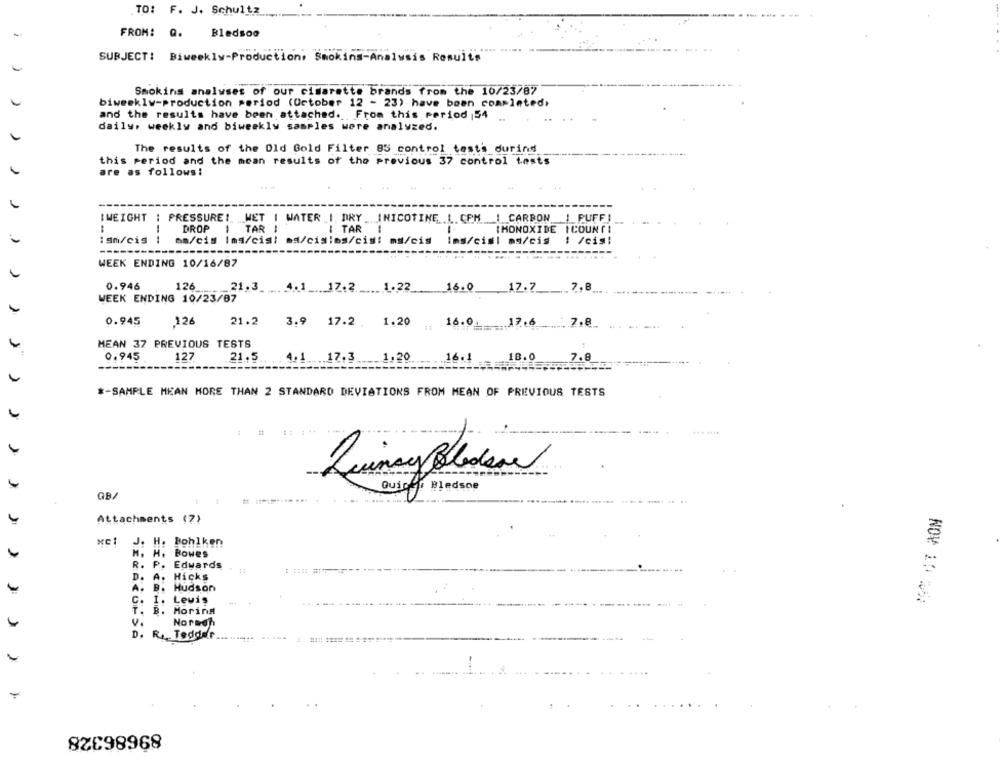
TO: F. J. Schultz
FROM: Q.
Bledsoe
SUBJECT:
Biweekly-Production, Smoking-Analysis Results
Smoking analyses of our cigarette brands from the 10/23/87
biweekly-production period (October 12 - 23) have been comminted.
and the results have been attached. From this period 54
daily, weekly and biweekly samples were analyzed.
The results of the Old Gold Filter 85 control tests during
this period and the mean results of the previous 37 control tests
are as follows:
I WEIGHT
WATER _I. DRY _. INICOTINE .L. CPM | CARBON I PUFFI
DROP
1
TAR !
I TAR 1
IMONOXIDE ICOUNT!
:Sn/cis
---
mm/cis Ims/cisi ad/cislos/cis! ma/cis
ims/cisl as/cis
: leis!
-----
----
WEEK ENDING 10/16/87
0.946
126
21.3_ . 4.1 .. 17.2. ... 1.22_
16.0
_12.7
WEEK ENDING 10/23/87
0.945
126
21.2
16.0. 17.6 7.8
3.9 17.2. 1.20
MEAN 37 PREVIOUS TESTS
0.945
127
21.5
4.1 .17.3 1.20
16.1
18.0
7.8
*- SAMPLE MEAN MORE THAN 2 STANDARD DEVIATIONS FROM MEAN OF PREVIOUS TESTS
1
Bledsoe
GB/
Attachments (7)
J. H. Bohlken
H. Bowes
R.
P. Edwards
D.
Hicks
A.
A.
Hudson
NOV 10 2:
C.
I. Lewis
B. Moring
V.
Normen
D. R ., Tedddr
# !!! !!
89686328